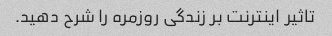
تاثیر اینترنت بر زندگی روزمره را شرح دهید.